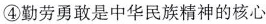
④勤劳勇敢是中华民族精神的核心